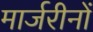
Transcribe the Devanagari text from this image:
मार्जरीनों